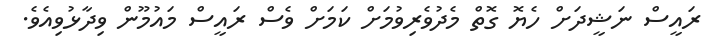
ރައީސް ނަޝީދަށް ހެޔޮ ގޮތް މެދުވެރިވުމަށް ކަމަށް ވެސް ރައީސް މައުމޫން ވިދާޅުވިއެވެ.